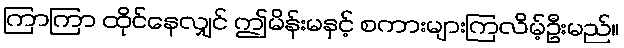
ကြာကြာ ထိုင်နေလျှင် ဤမိန်းမနှင့် စကားများကြလိမ့်ဦးမည်။